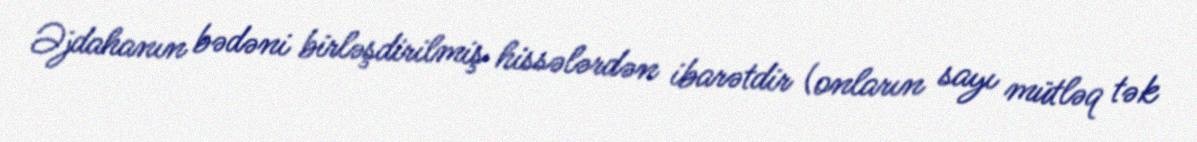
Əjdahanın bədəni birləşdirilmiş hissələrdən ibarətdir (onların sayı mütləq tək